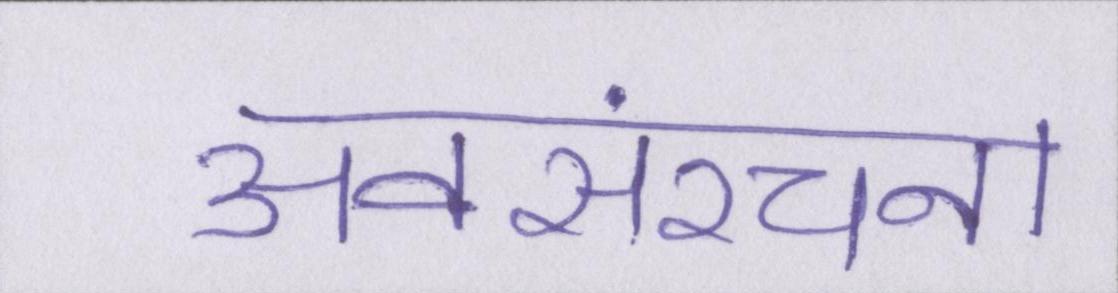
अवसंरचना